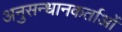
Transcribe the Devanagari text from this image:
अनुसन्धानकर्ताओं